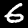
Digit: 6